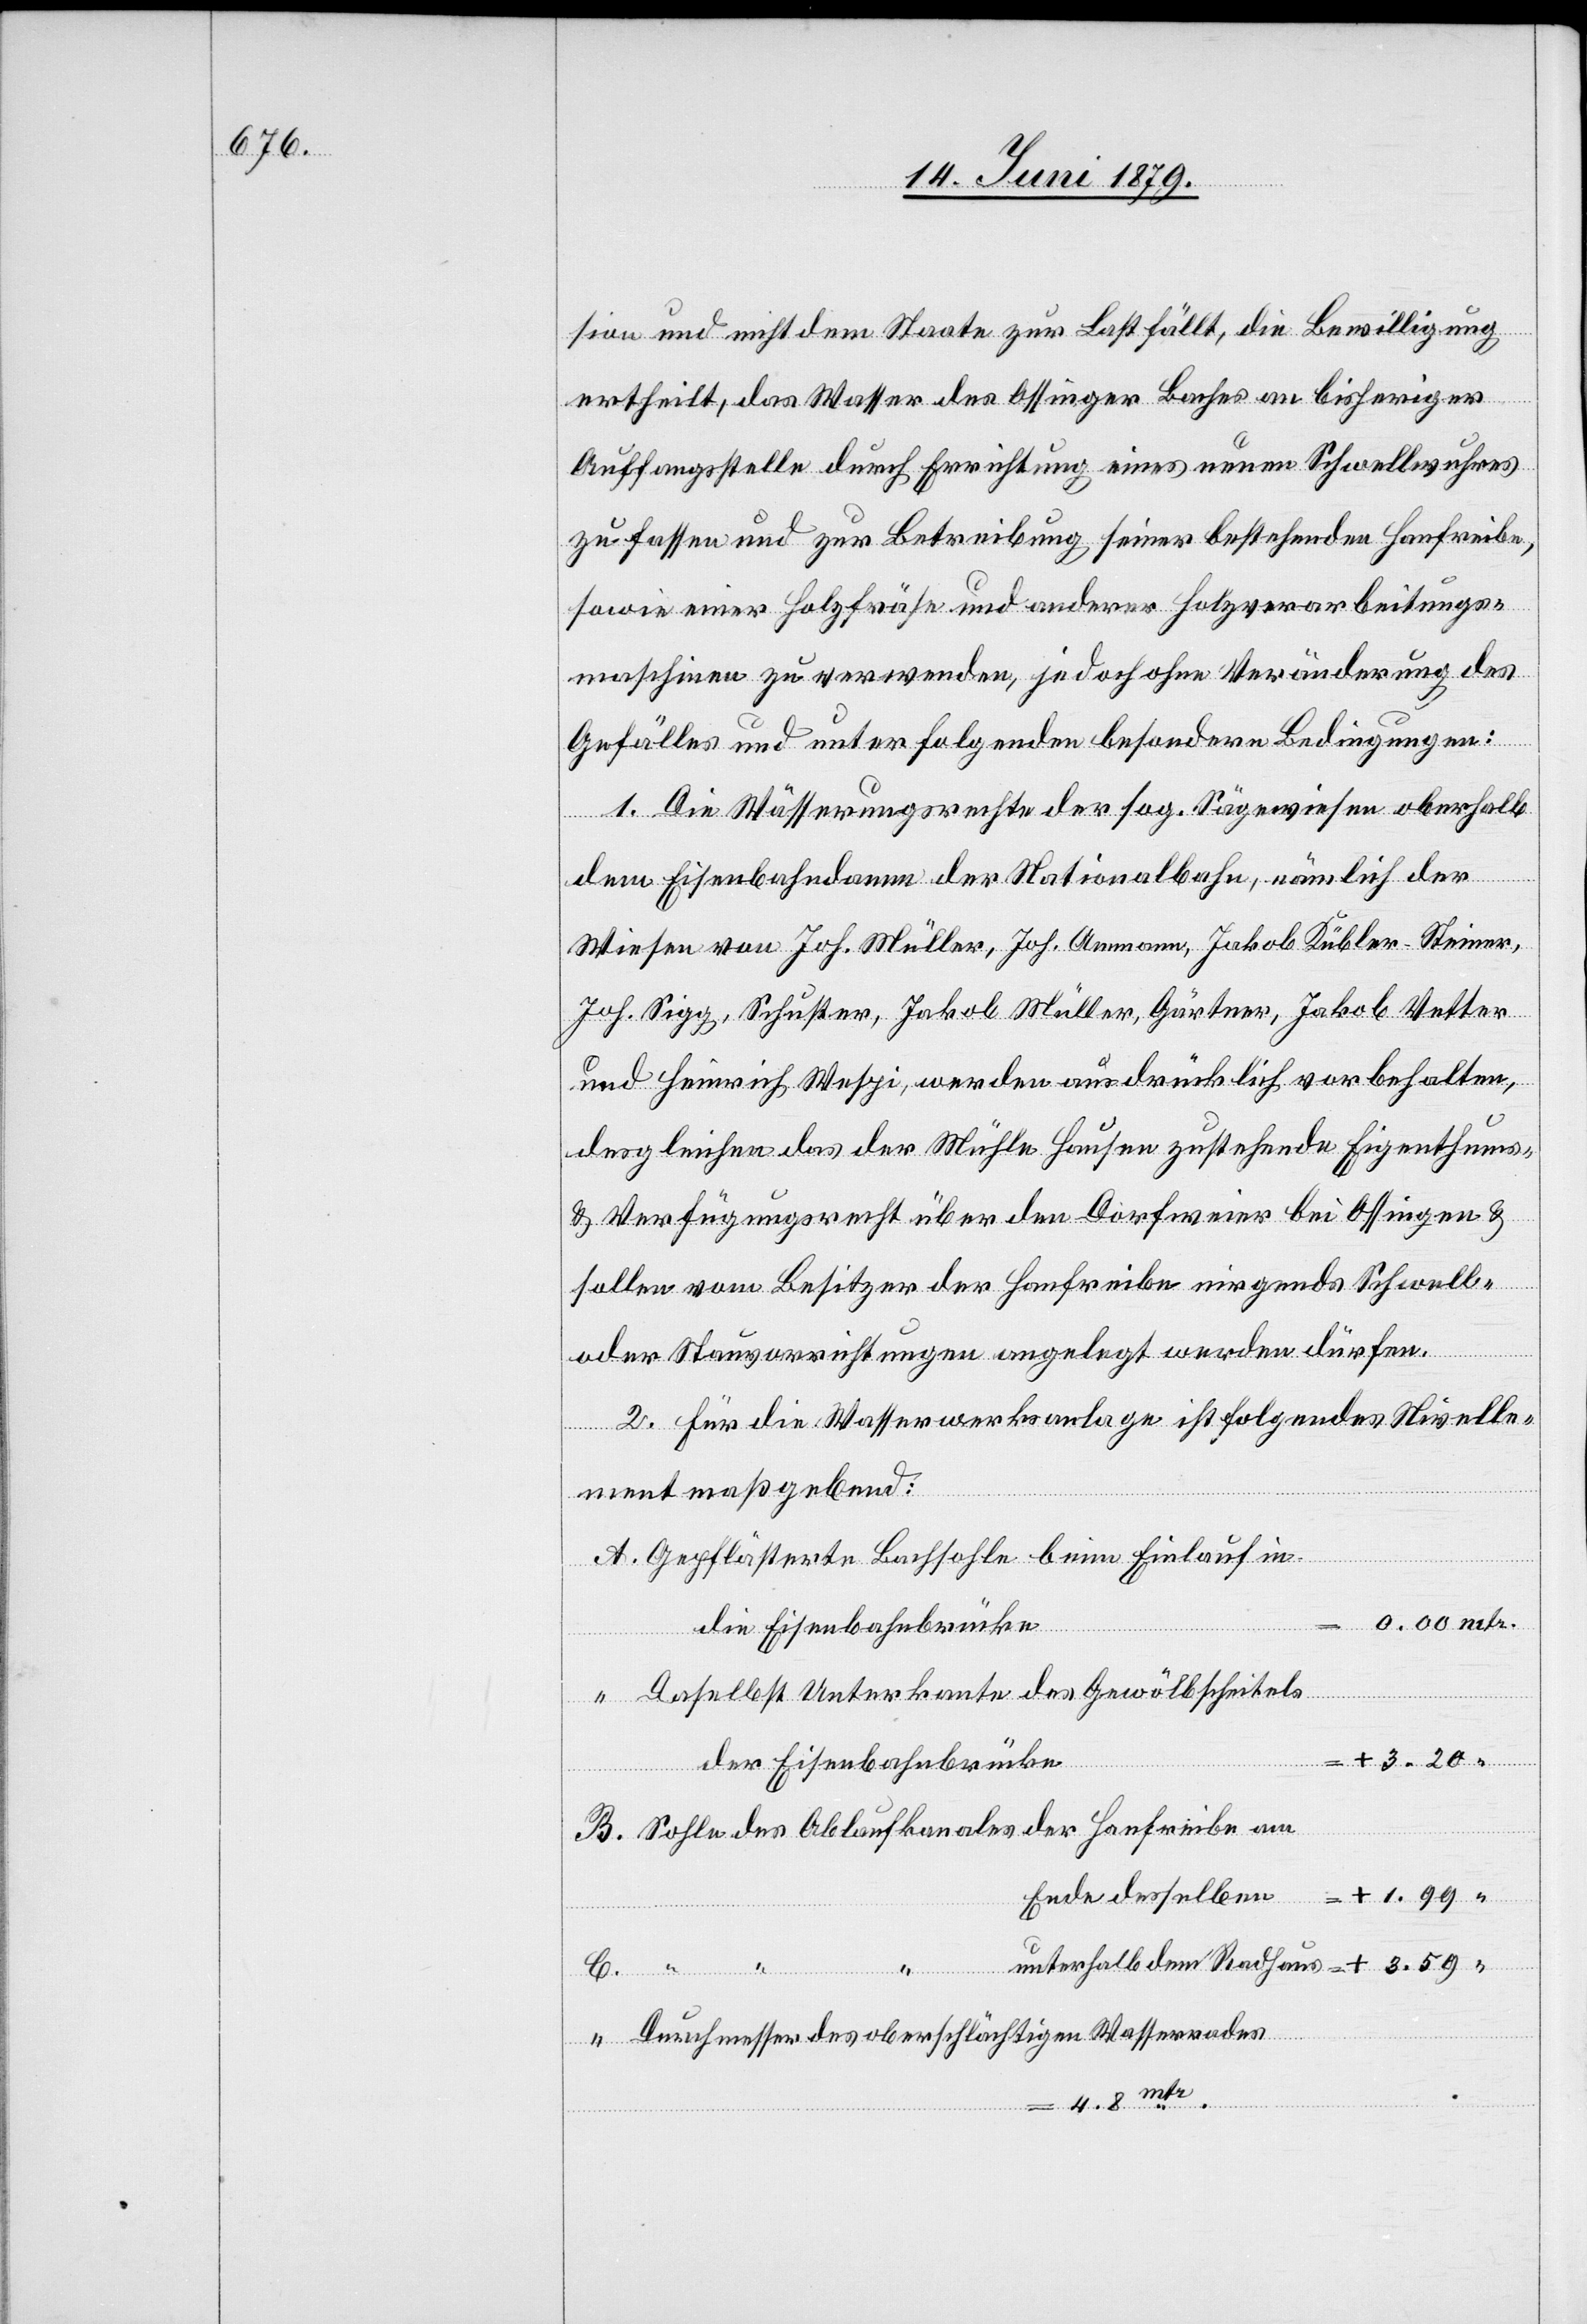
sion und nicht dem Staate zur Last fällt, die Bewilligung
ertheilt, das Wasser des Ossinger Baches an bisheriger
Auffangsstelle durch Errichtung eines neuen Schwellwuhres
zu fassen und zur Betreibung seiner bestehenden Hanfreibe,
sowie einer Holzfräse und anderer Holzverarbeitungs¬
maschinen zu verwenden, jedoch ohne Veränderung des
Gefälles und unter folgenden besondern Bedingungen:
1. Die Wässerungsrechte der sog. Sägewiesen oberhalb
dem Eisenbahndamm der Nationalbahn, nämlich der
Wiesen von Joh. Müller, Joh. Ammann, Jakob Kübler-Steiner,
Joh. Sigg, Schuster, Jakob Müller, Gärtner, Jakob Vetter
und Heinrich Wespi, werden ausdrücklich vorbehalten,
desgleichen das der Mühle Hausen zustehende Eigenthums-
& Verfügungsrecht über den Dorfweier bei Ossingen &
sollen vom Besitzer der Hanfreibe nirgends Schwell-
oder Stauvorrichtungen angelegt werden dürfen.
2. Für die Wasserwerksanlage ist folgendes Nivelle¬
ment maßgebend:
Gepflästerte Bachsohle beim Einlauf in
die Eisenbahnbrücke
mtr.
Daselbst Unterkante des Gewölbscheitels
der Eisenbahnbrücke
Sohle des Ablaufkanals der Hanfreibe am
Ende desselben
unterhalb dem Radhaus
Durchmesser des oberschlächtigen Wasserrades